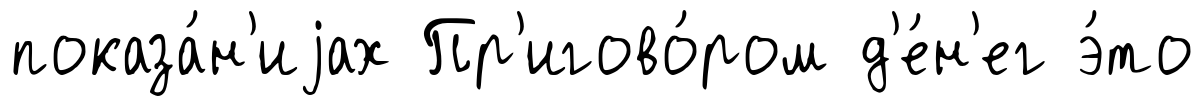
показа́н'иjах Пр'игово́ром д'е́н'ег э́то